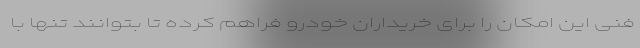
فنی این امکان را برای خریداران خودرو فراهم کرده تا بتوانند تنها با